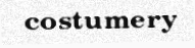
costumery